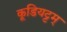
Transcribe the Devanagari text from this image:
कूडियट्टम्